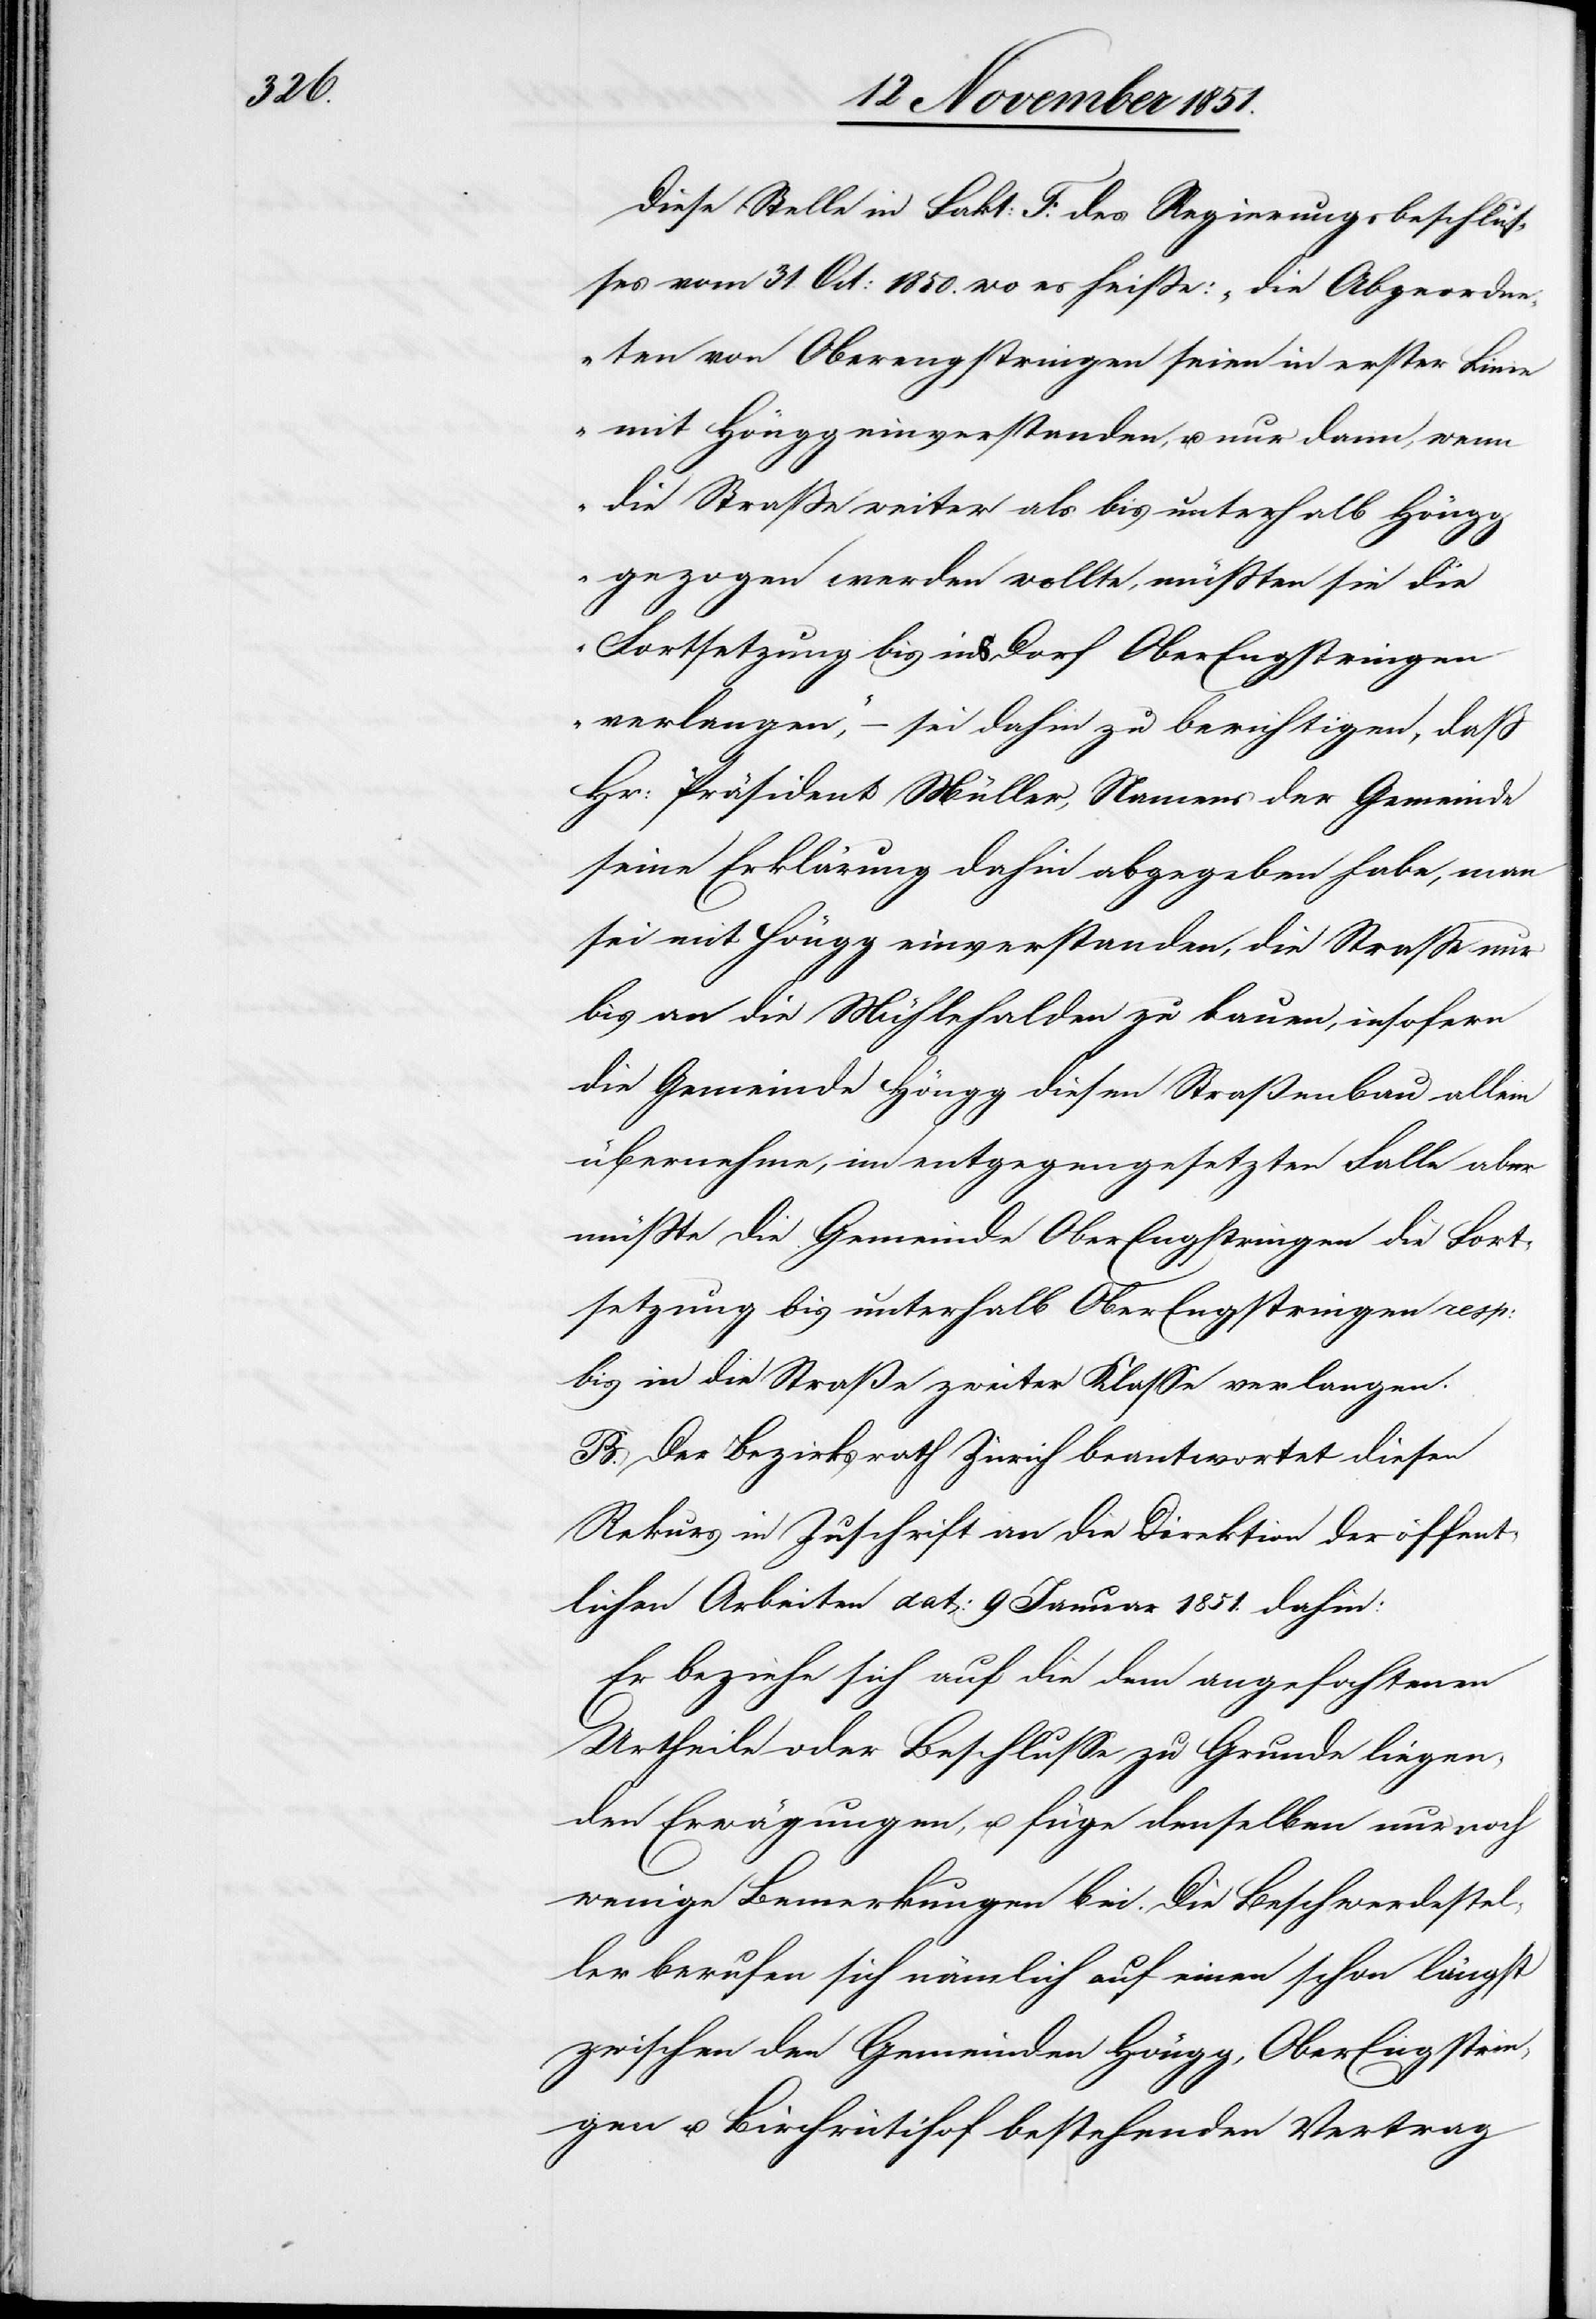
Diese Stelle in Fakt: F. des Regierungsbeschlus¬
ses vom 31. Oct: 1850. wo es heiße: „die Abgeordn¬
eten von Oberengstringen seien in erster Linie
mit Höngg einverstanden, u. nur dann, wenn
die Straße weiter als bis unterhalb Höngg
gezogen werden wollte, müßten sie die
Fortsetzung bis ins Dorf OberEngstringen
verlangen,“ – sei dahin zu berichtigen, daß
Hr: Präsident Müller, Namens der Gemeinde
seine Erklärung dahin abgegeben habe, man
sei mit Höngg einverstanden, die Straße nur
bis an die Mühlehalden zu bauen, insofern
die Gemeinde Höngg diesen Straßenbau allein
übernehme, im entgegengesetzten Falle aber
müßte die Gemeinde OberEngstringen die Fort¬
setzung bis unterhalb OberEngstringen resp:
bis in die Straße zweiter Klasse verlangen.
B. Der Bezirksrath Zürich beantwortet diesen
Rekurs in Zuschrift an die Direktion der öffent¬
lichen Arbeiten dat: 9 Januar 1851. dahin:
Er beziehe sich auf die dem angefochtenen
Urtheile oder Beschlusse zu Grunde liegen¬
den Erwägungen, u. füge denselben nur noch
wenige Bemerkungen bei. Die Beschwerdestel¬
ler berufen sich nämlich auf einen schon längst
zwischen den Gemeinden Höngg, OberEngstrin¬
gen u. Birchrütihof bestehenden Vertrag